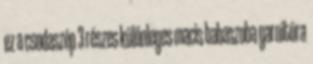
ez a csodaszép 3 részes különleges macis babaszoba garnitúra